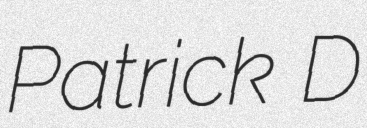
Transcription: Patrick D